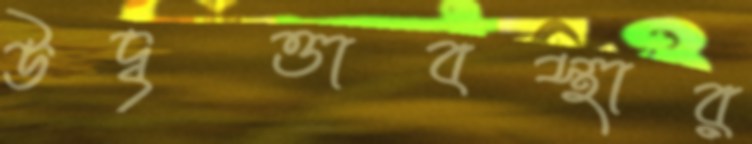
উদ্বৃত্তাবস্থার